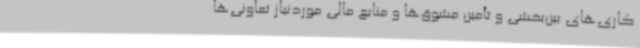
کاری‌های بین‌بخشی و تأمین مشوق‌ها و منابع مالی موردنیاز تعاونی‌ها